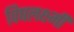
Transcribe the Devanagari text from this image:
विषलक्ष्मी